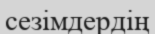
сезімдердің